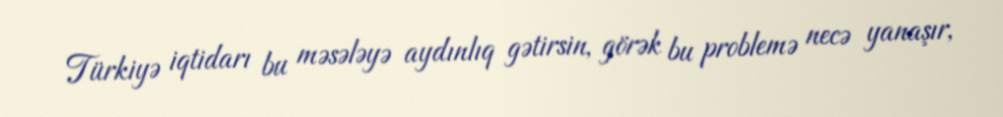
Türkiyə iqtidarı bu məsələyə aydınlıq gətirsin, görək bu problemə necə yanaşır,